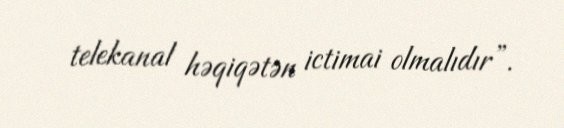
telekanal həqiqətən ictimai olmalıdır”.